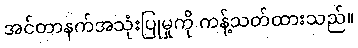
အင်တာနက်အသုံးပြုမှုကို ကန့်သတ်ထားသည်။